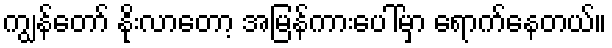
ကျွန်တော် နိုးလာတော့ အမြန်ကားပေါ်မှာ ရောက်နေတယ်။